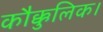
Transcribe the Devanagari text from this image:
कौक्कुलिक।